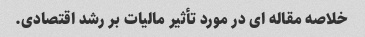
خلاصه مقاله ای در مورد تأثیر مالیات بر رشد اقتصادی.